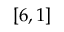
\left[ 6 , 1 \right]